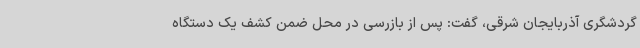
گردشگری آذربایجان شرقی، گفت: پس از بازرسی در محل ضمن کشف یک دستگاه